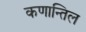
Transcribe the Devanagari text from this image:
कणान्तिल